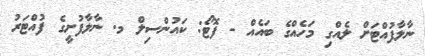
ނާލާފުއްޓަށް ލެއްގި މަހެއްގެ ބައެއް - ފޮޓޯ: ކައުންސިލް މ. ނާލާފުށީގެ ފުއްޓަރު